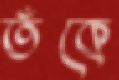
তঁকে